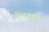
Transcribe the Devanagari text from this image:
छेदवाले